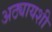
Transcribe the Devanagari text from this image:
अठ्यायशी